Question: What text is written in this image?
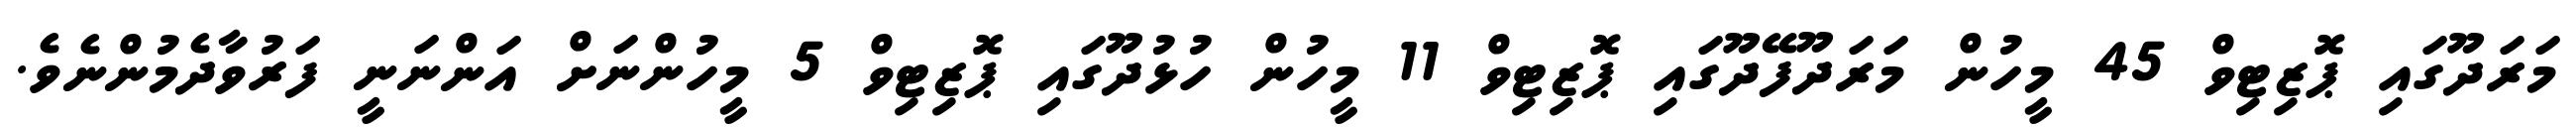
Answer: މަރަދޫގައި ޕޮޒިޓިވް 45 މީހުން މަރަދޫފޭދޫގައި ޕޮޒިޓިވް 11 މީހުން ހުޅުދޫގައި ޕޮޒިޓިވް 5 މީހުންނަށް އަންނަނީ ފަރުވާދެމުންނެވެ.